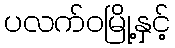
ပလက်ဝမြို့နှင့်